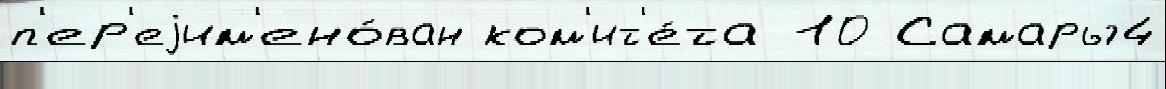
п'ер'еjим'ено́ван ком'ит'е́та 10 Самары4